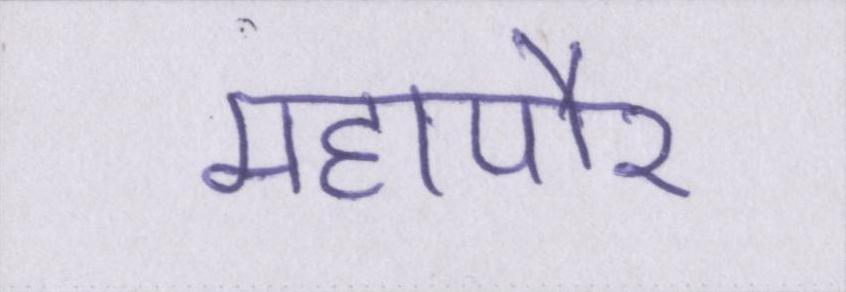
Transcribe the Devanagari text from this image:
महापौर